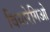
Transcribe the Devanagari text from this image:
वियारेगिओ